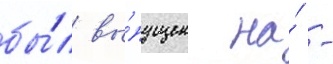
бы́л вы́пущен на́ -